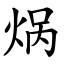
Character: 㶽